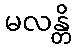
မလန္တိ